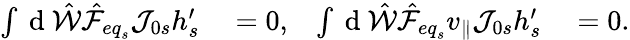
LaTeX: \begin{array}{rlrl}{\int\mathrm{~d~}\hat{\mathcal{W}}\hat{\mathcal{F}}_{{eq}_{s}}\mathcal{J}_{0s}h_{s}^{\prime}}&{{}=0,}&{\int\mathrm{~d~}\hat{\mathcal{W}}\hat{\mathcal{F}}_{{eq}_{s}}v_{\parallel}\mathcal{J}_{0s}h_{s}^{\prime}}&{{}=0.}\end{array}